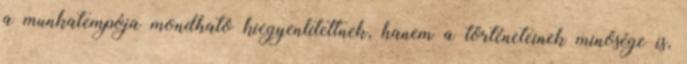
a munkatempója mondható kiegyenlítettnek, hanem a történeteinek minősége is,